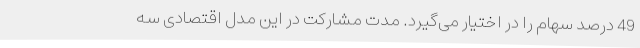
49 درصد سهام را در اختیار می‌گیرد. مدت مشارکت در این مدل اقتصادی سه